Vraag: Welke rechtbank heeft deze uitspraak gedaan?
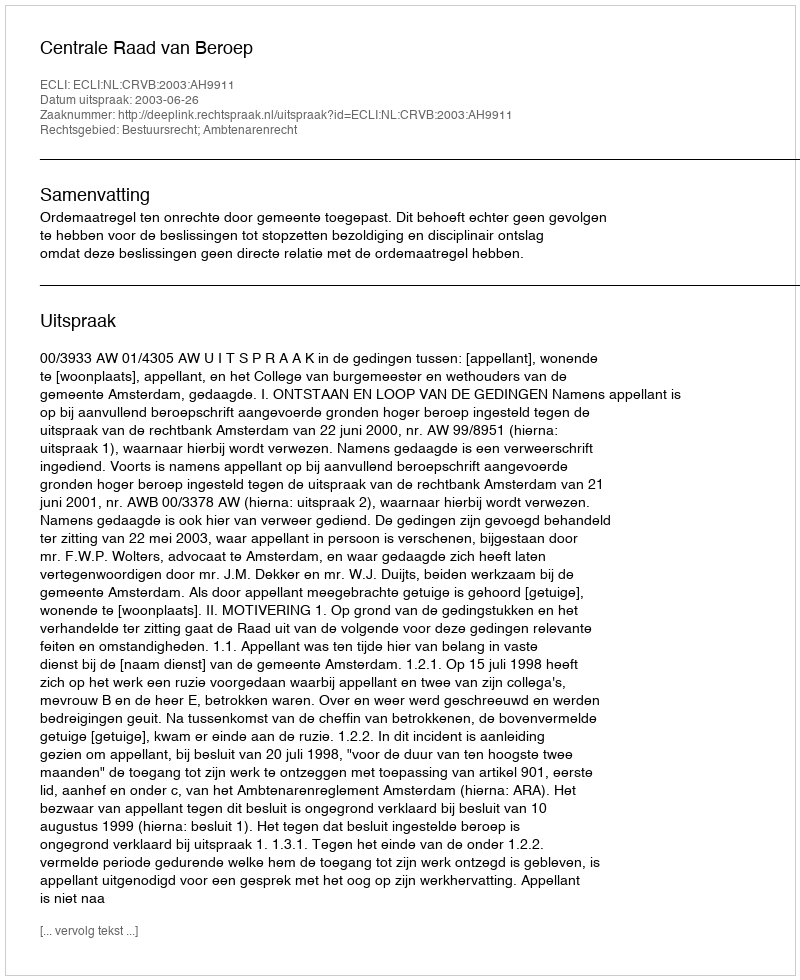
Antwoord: Centrale Raad van Beroep